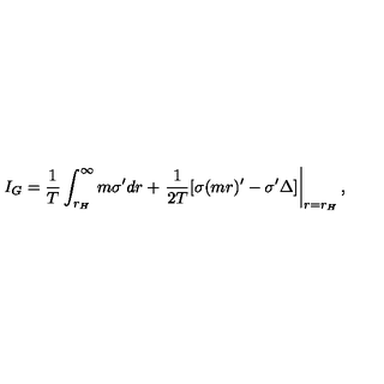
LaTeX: I _ { G } = \frac { 1 } { T } \int _ { r _ { H } } ^ { \infty } m \sigma ^ { \prime } d r + \left. \frac { 1 } { 2 T } [ \sigma ( m r ) ^ { \prime } - \sigma ^ { \prime } \Delta ] \right| _ { r = r _ { H } } ,